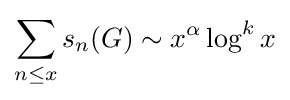
\sum _{n\leq x}s_{n}(G)\sim x^{\alpha }\log ^{k}x